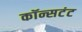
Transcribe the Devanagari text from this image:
कॉन्सटंट